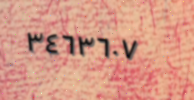
٣٤٦٣٦٠٧